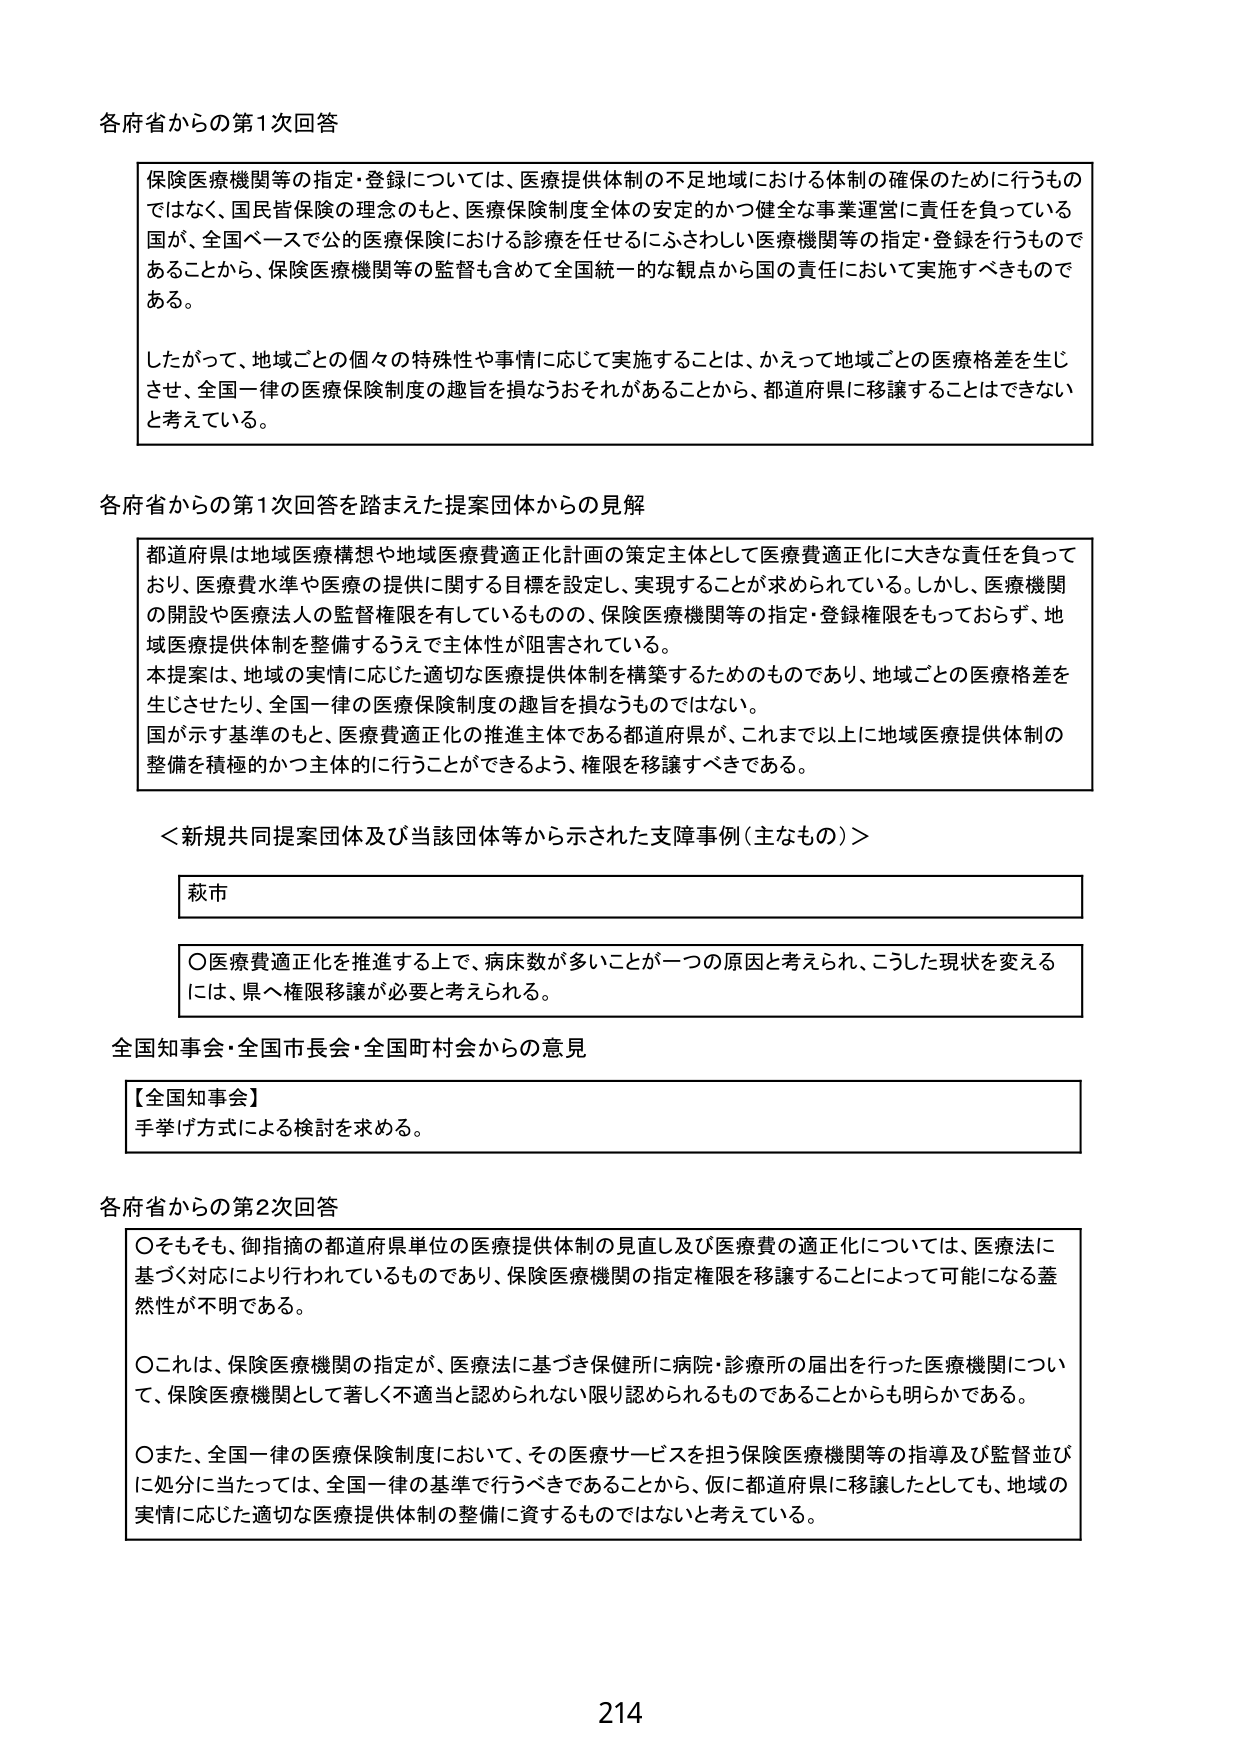
各府省からの第1次回答

保険医療機関等の指定・登録については、医療提供体制の不足地域における体制の確保のために行うものではなく、国民皆保険の理念のもと、医療保険制度全体の安定的かつ健全な事業運営に責任を負っている国が、全国ベースで公的医療保険における診療を任せるにふさわしい医療機関等の指定・登録を行うものであることから、保険医療機関等の監督も含めて全国統一的な観点から国の責任において実施すべきものである。

したがって、地域ごとの個々の特殊性や事情に応じて実施することは、かえって地域ごとの医療格差を生じさせ、全国一律の医療保険制度の趣旨を損なうおそれがあることから、都道府県に移譲することはできないと考えている。

各府省からの第1次回答を踏まえた提案団体からの見解

都道府県は地域医療構想や地域医療費適正化計画の策定主体として医療費適正化に大きな責任を負っており、医療費水準や医療の提供に関する目標を設定し、実現することが求められている。しかし、医療機関の開設や医療法人の監督権限を有しているものの、保険医療機関等の指定・登録権限をもっておらず、地域医療提供体制を整備するうえで主体性が阻害されている。

本提案は、地域の実情に応じた適切な医療提供体制を構築するためのものであり、地域ごとの医療格差を生じさせたり、全国一律の医療保険制度の趣旨を損なうものではない。

国が示す基準のもと、医療費適正化の推進主体である都道府県が、これまで以上に地域医療提供体制の整備を積極的かつ主体的に行うことができるよう、権限を移譲すべきである。

＜新規共同提案団体及び当該団体等から示された支援事例（主なもの）＞

萩市

〇医療費適正化を推進する上で、病床数が多いことが一つの原因と考えられ、こうした現状を変えるには、県へ権限移譲が必要と考えられる。

全国知事会・全国市長会・全国町村会からの意見

【全国知事会】
手挙げ方式による検討を求める。

各府省からの第2次回答

〇そもそも、御指摘の都道府県単位の医療提供体制の見直し及び医療費の適正化については、医療法に基づく対応により行われているものであり、保険医療機関の指定権限を移譲することによって可能になる蓋然性が不明である。

〇これは、保険医療機関の指定が、医療法に基づき保健所に病院・診療所の届出を行った医療機関について、保険医療機関として著しく不適当と認められない限り認められるものであることからも明らかである。

〇また、全国一律の医療保険制度において、その医療サービスを担う保険医療機関等の指導及び監督並びに処分に当たっては、全国一律の基準で行うべきであることから、仮に都道府県に移譲したとしても、地域の実情に応じた適切な医療提供体制の整備に資するものではないと考えている。

214